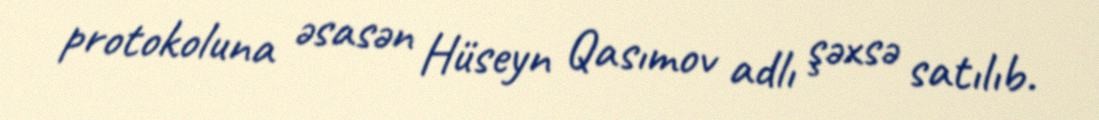
protokoluna əsasən Hüseyn Qasımov adlı şəxsə satılıb.